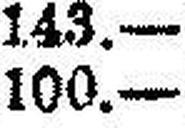
100.—